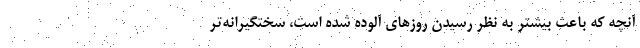
آنچه که باعث بیشتر به نظر رسیدن روزهای آلوده شده است، سختگیرانه‌تر